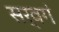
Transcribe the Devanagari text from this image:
सर्वगं